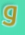
و